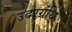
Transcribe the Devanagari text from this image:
उदरग्रंथि